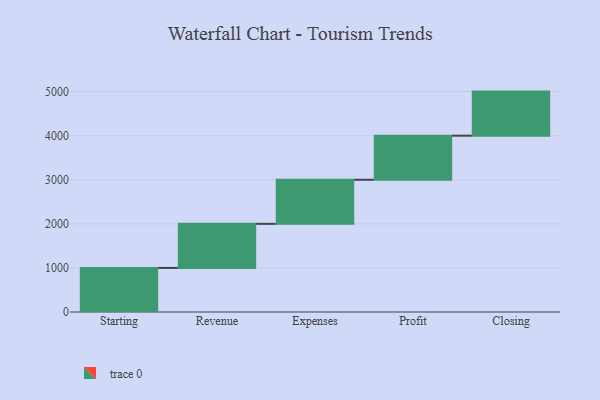
{"axis": {"x": "Step", "y": "Value"}, "legend": [""], "data": [{"x": "Starting", "y": 1000, "type": ""}, {"x": "Revenue", "y": 1000, "type": ""}, {"x": "Expenses", "y": 1000, "type": ""}, {"x": "Profit", "y": 1000, "type": ""}, {"x": "Closing", "y": 1000, "type": ""}]}